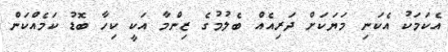
އެކަމަކު އެކަނި މަޔަކަށް ދަރިއެއް ބެލުމުގެ ޒިންމާ އަކީ ކިހާ ބޮޑު ކަމެއްކަން